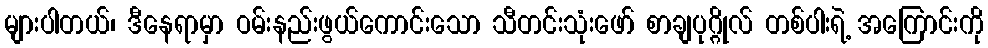
များပါတယ်၊ ဒီနေရာမှာ ဝမ်းနည်းဖွယ်ကောင်းသော သီတင်းသုံးဖော် စာချပုဂ္ဂိုလ် တစ်ပါးရဲ့ အကြောင်းကို